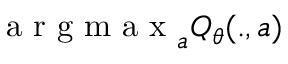
\mathrm { ~ a ~ r ~ g ~ m ~ a ~ x ~ } _ { a } Q _ { \theta } ( . , a )